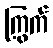
ကြွက်